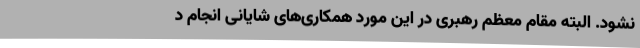
نشود. البته مقام معظم رهبری در این مورد همکاری‌های شایانی انجام د